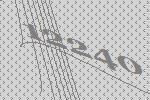
12240